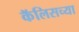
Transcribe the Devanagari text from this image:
कॅलिसच्या